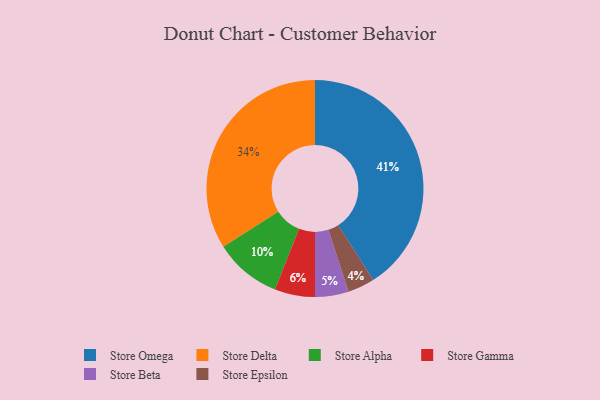
{"axis": {"x": "Category", "y": "Percentage"}, "legend": ["Store Alpha", "Store Beta", "Store Delta", "Store Epsilon", "Store Gamma", "Store Omega"], "data": [{"x": "Store Delta", "y": 34, "type": "Store Delta"}, {"x": "Store Epsilon", "y": 4, "type": "Store Epsilon"}, {"x": "Store Alpha", "y": 10, "type": "Store Alpha"}, {"x": "Store Gamma", "y": 6, "type": "Store Gamma"}, {"x": "Store Omega", "y": 41, "type": "Store Omega"}, {"x": "Store Beta", "y": 5, "type": "Store Beta"}]}